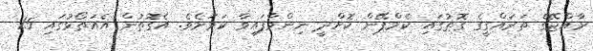
ރާއްޖޭގެ ތަރައްގީގެ ގޮތުގައި ކެމްޕޭން ކޮށްދީ ނިންމާފައިވާ ކަމަށެވެ. އެގޮތުން އެއަތޯޅުގައި 15